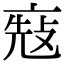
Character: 𠅬